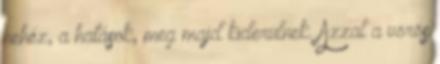
nehéz, a hatások, meg majd kiderülnek. Azzal a vörös